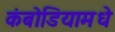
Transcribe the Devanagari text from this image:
कंबोडियामधे